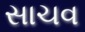
સાચવ